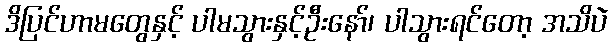
ဒိပြင်ဟာမတွေနှင့် ပါမသွားနှင့်ဦးနော်၊ ပါသွားရင်တော့ အသိပဲ